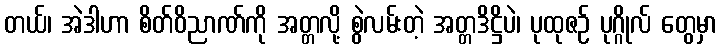
တယ်၊ အဲဒါဟာ စိတ်ဝိညာဏ်ကို အတ္တလို့ စွဲလမ်းတဲ့ အတ္တဒိဋ္ဌိပဲ၊ ပုထုဇဉ် ပုဂ္ဂိုလ် တွေမှာ